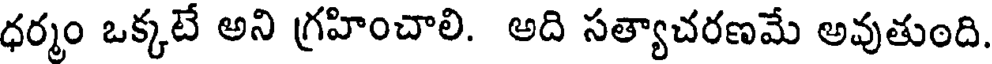
ధర్మం ఒక్కటే అని గ్రహించాలి. అది సత్యాచరణమే అవుతుంది.